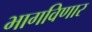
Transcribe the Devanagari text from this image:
भागविणार